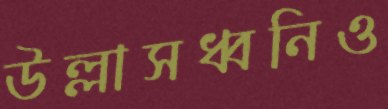
উল্লাসধ্বনিও